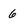
Character: 6